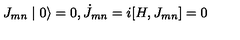
J _ { m n } \mid 0 \rangle = 0 , \dot { J } _ { m n } = i [ H , J _ { m n } ] = 0